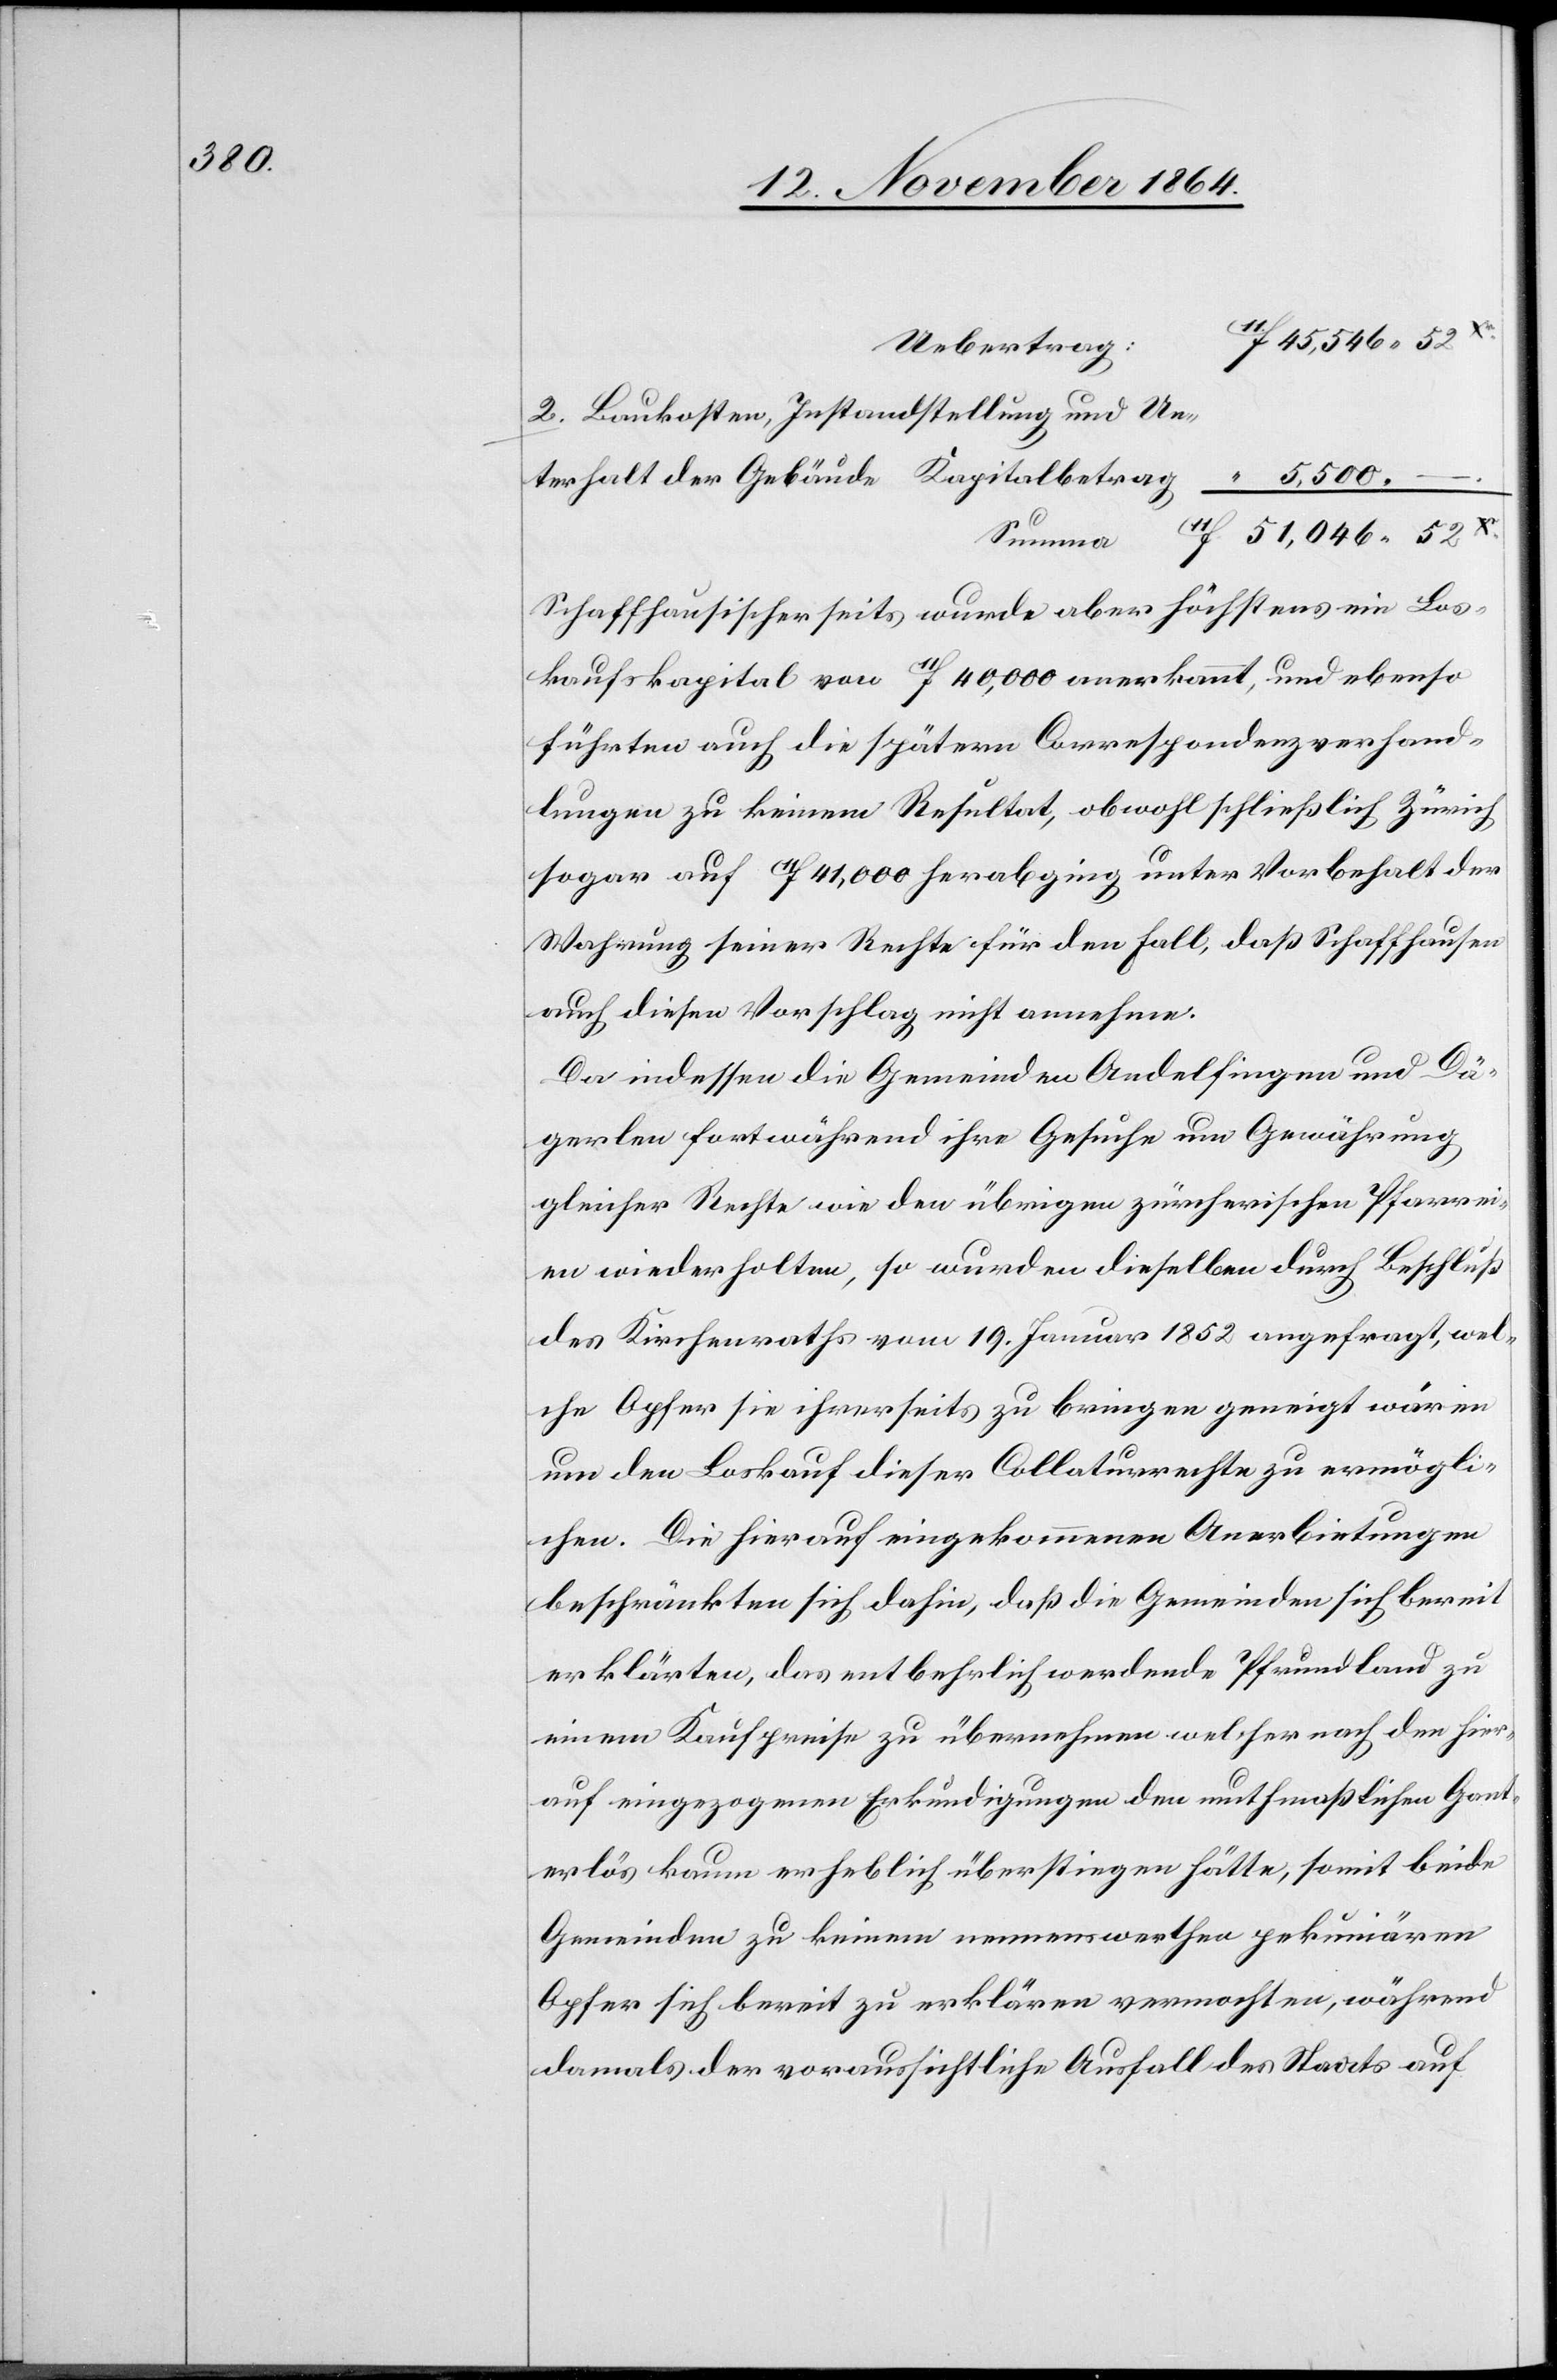
45,546.52
Uebertrag:
Baukosten, Instandstellung und Un¬
5,500. –
Summa
xr
Schaffhauserischerseits wurde aber höchstens ein Los¬
kaufskapital von 11f 40,000 anerkannt, und ebenso
führten auch die spätern Correspondenzverhand¬
lungen zu keinem Resultat, obwohl schließlich Zürich
sogar auf 11f 41,000 herabging unter Vorbehalt der
Wahrung seiner Rechte für den Fall, daß Schaffhausen
auch diesen Vorschlag nicht annehme.
Da indessen die Gemeinden Andelfingen und Dä¬
gerlen fortwährend ihre Gesuche um Gewährung
gleicher Rechte wie den übrigen zürcherischen Pfarrei¬
en wiederholten, so wurden dieselben durch Beschluß
des Kirchenraths vom 19. Januar 1852 angefragt, wel¬
che Opfer sie ihrerseits zu bringen geneigt wären
um den Loskauf dieser Collaturrechte zu ermögli¬
chen. Die hierauf eingekommenen Anerbietungen
beschränkten sich dahin, daß die Gemeinden sich bereit
erklärten, das entbehrlich werdende Pfrundland zu
einem Kaufpreise zu übernehmen welcher nach der hier¬
auf eingezogenen Erkundigungen den muthmaßlichen Gant¬
erlös kaum erheblich überstiegen hätte, somit beide
Gemeinden zu keinen nennenswerthen pekuniären
Opfer sich bereit zu erklären vermochten, während
damals der voraussichtliche Ausfall des Staats auf